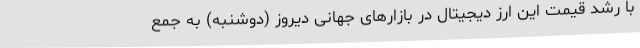
با رشد قیمت این ارز دیجیتال در بازارهای جهانی دیروز (دوشنبه) به جمع